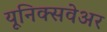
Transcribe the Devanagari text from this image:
यूनिक्सवेअर